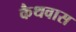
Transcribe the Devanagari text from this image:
कैथवास